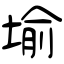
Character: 堬